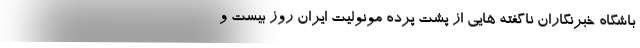
باشگاه خبرنگاران ناگفته هایی از پشت پرده مونولیت ایران روز بیست و